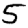
Digit: 5